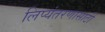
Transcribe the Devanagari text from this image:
लिप्यंतरणासाठी